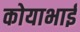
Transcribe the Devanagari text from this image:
कोयाभाई